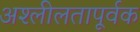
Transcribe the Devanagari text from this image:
अश्लीलतापूर्वक